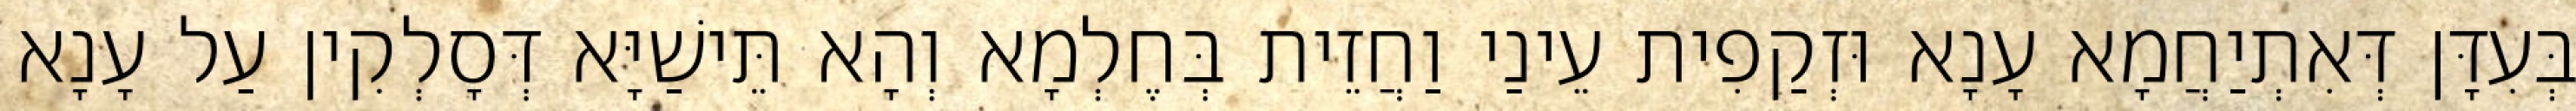
בְּעִדָּן דְּאִתְיַחֲמָא עָנָא וּזְקַפִית עֵינַי וַחֲזֵית בְּחֶלְמָא וְהָא תֵּישַׁיָּא דְּסָלְקִין עַל עָנָא